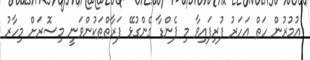
އުމުރުން ހަތް އަހަރު ފުރިފައިވާ މި ޕެންޑާ ގެންގުޅޭ ފަރާތްތަކުންވަނީ މިސޮރަށް މިހާރު